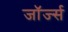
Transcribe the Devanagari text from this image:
जाॅर्ज्स